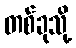
တစ်ခုသို့